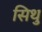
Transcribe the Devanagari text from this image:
सिथु